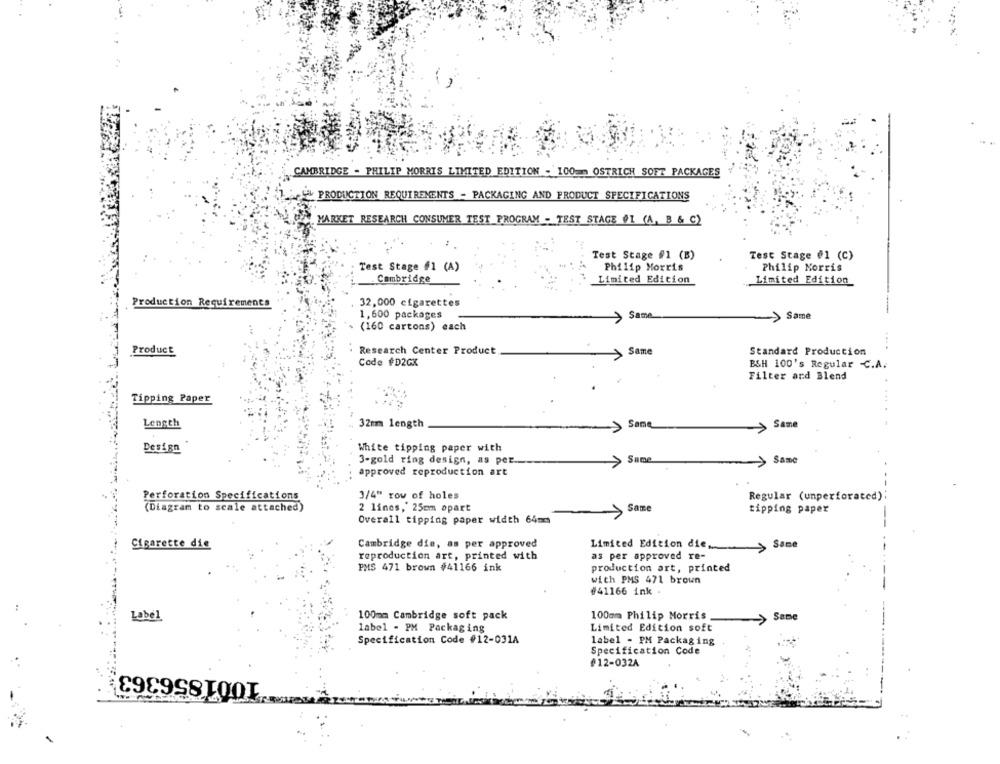
CAMBRIDGE - PHILIP MORRIS LIMITED EDITION - 100 m OSTRICH SOFT PACKAGES
Y PRODUCTION REQUIREMENTS - PACKAGING AND PRODUCT SPECIFICATIONS
MARKET RESEARCH CONSUMER TEST PROGRAM - TEST STAGE VI (A, B & C)
Test Stage #1 (B)
Test Stage #1 (C)
Test Stage #1 (A)
Philip Morris
Philip Morris
Cambridge
Limited Edition
Limited Edition
Production Requirements
32,000 cigarettes
1,600 packages
Same
> Same
(160 cartons) each
Product
Research Center Product
Same
Standard Production
Code #D2GK
ESH 100's Regular -C.A.
Filter ard Blend
Tipping Paper
Length
32m length
Same
Same
Design
White tipping paper with
Same
> Same
3-gold ring design, as per.
approved reproduction art
Perforation Specifications
3/4" row of holes
Regular (unperforated);
(Diagram to scale attached)
2 lines, 25cm opart
>
Same
tipping paper
Overall tipping paper width 64mm
Cigarette die
Cambridge die, as per approved
Limited Edition die,
-
> Same
reproduction art, printed with
as per approved re-
PMS 471 brown #41166 ink
production art, printed
with PMS 471 brown
#41166 ink
Label
100mm Cambridge soft pack
100mm Philip Morris
Same
label - PM Packaging
Limited Edition soft
Specification Code #12-031A
label - PM Packaging
Specification Code
£12-032A
1001856363